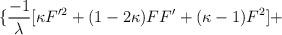
LaTeX: \begin{align*}\{\frac{-1}{\lambda }[\kappa F'^{2}+(1-2\kappa )FF'+(\kappa -1)F^{2}]+\end{align*}